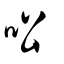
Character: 㕬